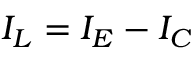
I _ { L } = I _ { E } - I _ { C }